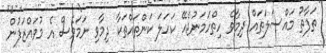
ތަފާތު މައްސަލަތައް ދިމާވެ ހިތްހަމަނުޖެހޭ ކަހަލަ ކަންތައްތަކާ ދިމާވި ނަމަވެސް އެ މުވައްޒަފުން